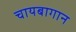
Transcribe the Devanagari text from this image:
चायबागान